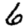
Digit: 6